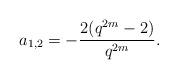
LaTeX: \begin{align*} a_{1,2}=-\frac{2(q^{2m}-2)}{q^{2m}}.\end{align*}